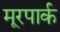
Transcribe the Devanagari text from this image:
मूरपार्क